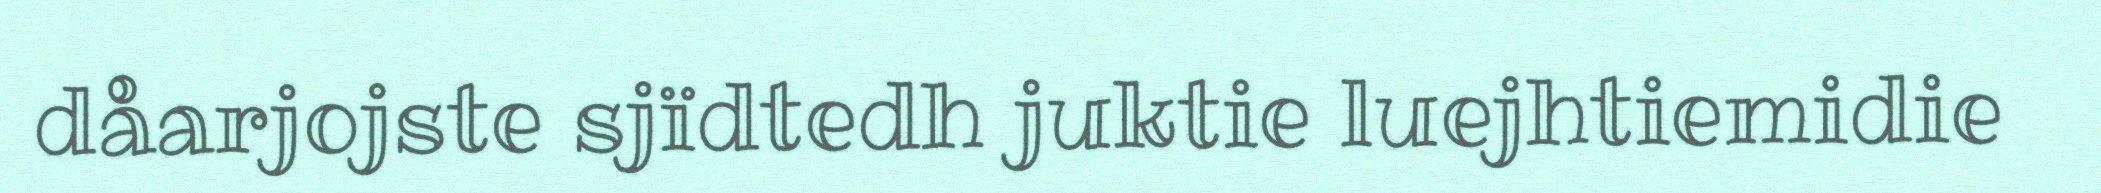
dåarjojste sjïdtedh juktie luejhtiemidie